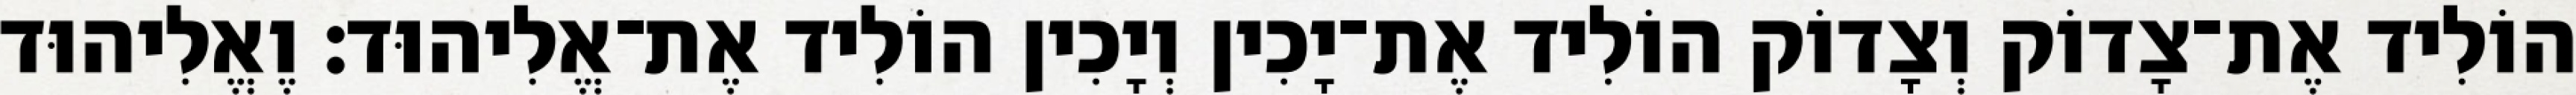
הוֹלִיד אֶת־צָדוֹק וְצָדוֹק הוֹלִיד אֶת־יָכִין וְיָכִין הוֹלִיד אֶת־אֱלִיהוּד׃ וֶאֱלִיהוּד